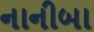
નાનીબા